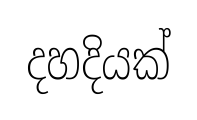
දහදියක්